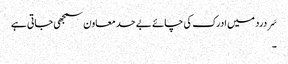
سَر درد میں ادرک کی چائے بے حد معاون سمجھی جاتی ہے
۔